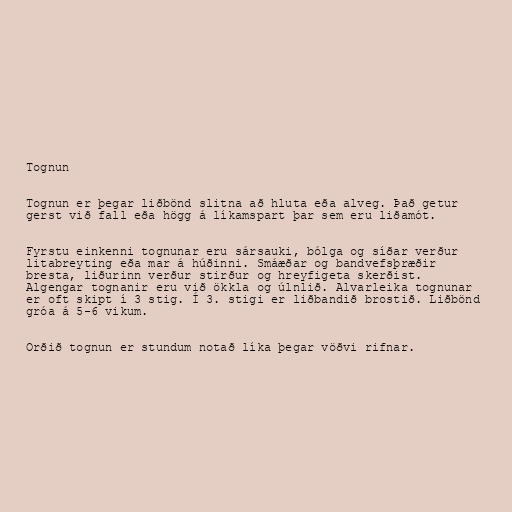
Tognun

Tognun er þegar liðbönd slitna að hluta eða alveg. Það getur
gerst við fall eða högg á líkamspart þar sem eru liðamót.

Fyrstu einkenni tognunar eru sársauki, bólga og síðar verður
litabreyting eða mar á húðinni. Smáæðar og bandvefsþræðir
bresta, liðurinn verður stirður og hreyfigeta skerðist.
Algengar tognanir eru við ökkla og úlnlið. Alvarleika tognunar
er oft skipt í 3 stig. Í 3. stigi er liðbandið brostið. Liðbönd
gróa á 5-6 vikum.

Orðið tognun er stundum notað líka þegar vöðvi rifnar.